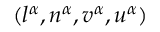
( l ^ { \alpha } , n ^ { \alpha } , v ^ { \alpha } , u ^ { \alpha } )